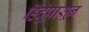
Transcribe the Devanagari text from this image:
हिंदूंपासून